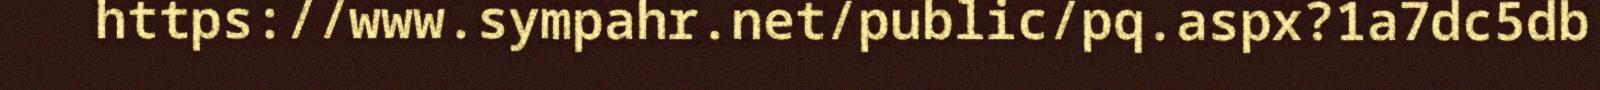
https://www.sympahr.net/public/pq.aspx?1a7dc5db